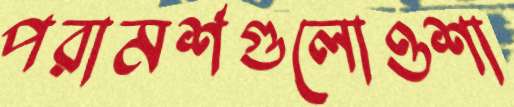
পরামর্শগুলোওশা